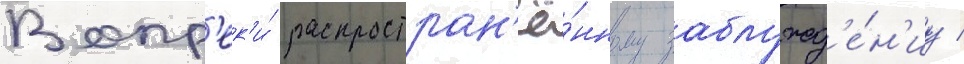
Вопр'ек'и́ распростран'ё́нному заблужд'е́н'иу /